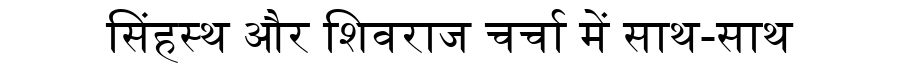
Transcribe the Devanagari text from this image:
सिंहस्थ और शिवराज चर्चा में साथ-साथ